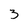
Character: 3